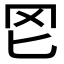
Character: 𦉮